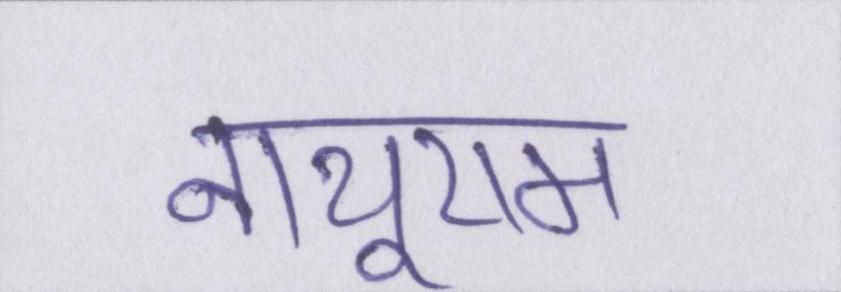
नाथूराम